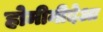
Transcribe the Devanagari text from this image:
होमीनीदेआ